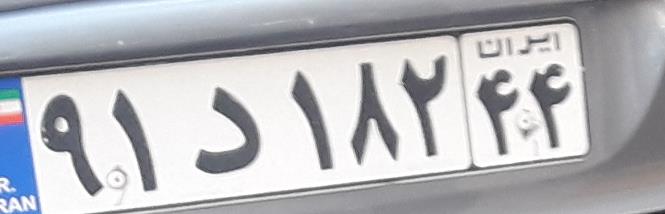
۹۱د۱۸۲۴۴